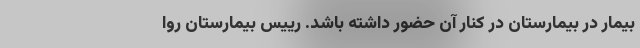
بیمار در بیمارستان در کنار آن حضور داشته باشد. رییس بیمارستان روا